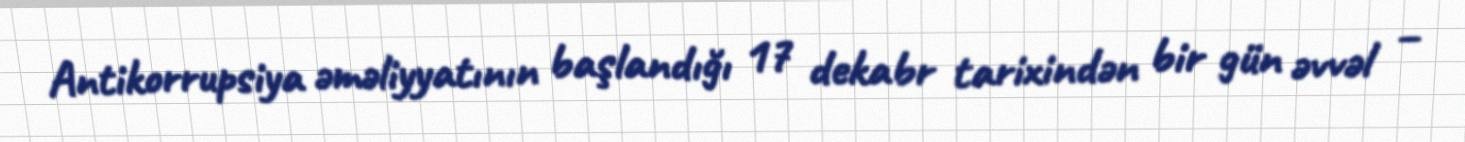
Antikorrupsiya əməliyyatının başlandığı 17 dekabr tarixindən bir gün əvvəl –